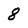
Character: 8